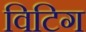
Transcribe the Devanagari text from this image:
विटिग